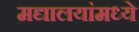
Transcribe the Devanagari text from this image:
मद्यालयांमध्ये